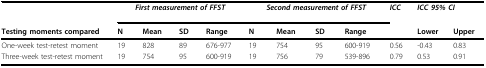
|  | <COLSPAN=4> First measurement of FFST | <COLSPAN=4> Second measurement of FFST | ICC | <COLSPAN=2> ICC 95% CI |
 | Testing moments compared | N | Mean | SD | Range | N | Mean | SD | Range |  | Lower | Upper |
 | --- | --- | --- | --- | --- | --- | --- | --- | --- | --- | --- | --- |
 | One-week test-retest moment | 19 | 828 | 89 | 676-977 | 19 | 754 | 95 | 600-919 | 0.56 | -0.43 | 0.83 |
 | Three-week test-retest moment | 19 | 754 | 95 | 600-919 | 19 | 756 | 79 | 539-896 | 0.79 | 0.53 | 0.91 |